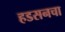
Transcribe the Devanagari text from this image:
हडसनचा